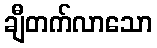
ချီတက်လာသော